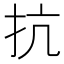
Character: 抗